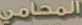
المحامي